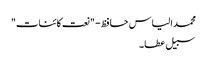
محمد الیاس حافظ - "نعت کائنات"
سبیل عطا ۔